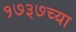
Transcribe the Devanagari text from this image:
१७३७च्या